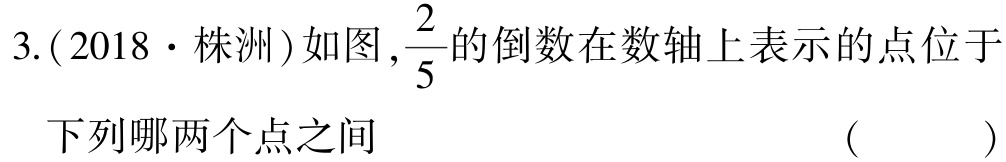
3.(2018·株洲)如图,$\frac{2}{5}$的倒数在数轴上表示的点位于下列哪两个点之间  ( )